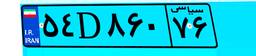
۰۹D۷۰۴۳۸